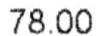
78.00